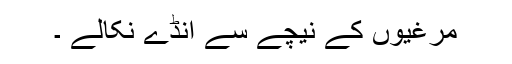
مرغیوں کے نیچے سے انڈے نکالے ۔